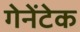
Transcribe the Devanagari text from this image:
गेनेंटेक